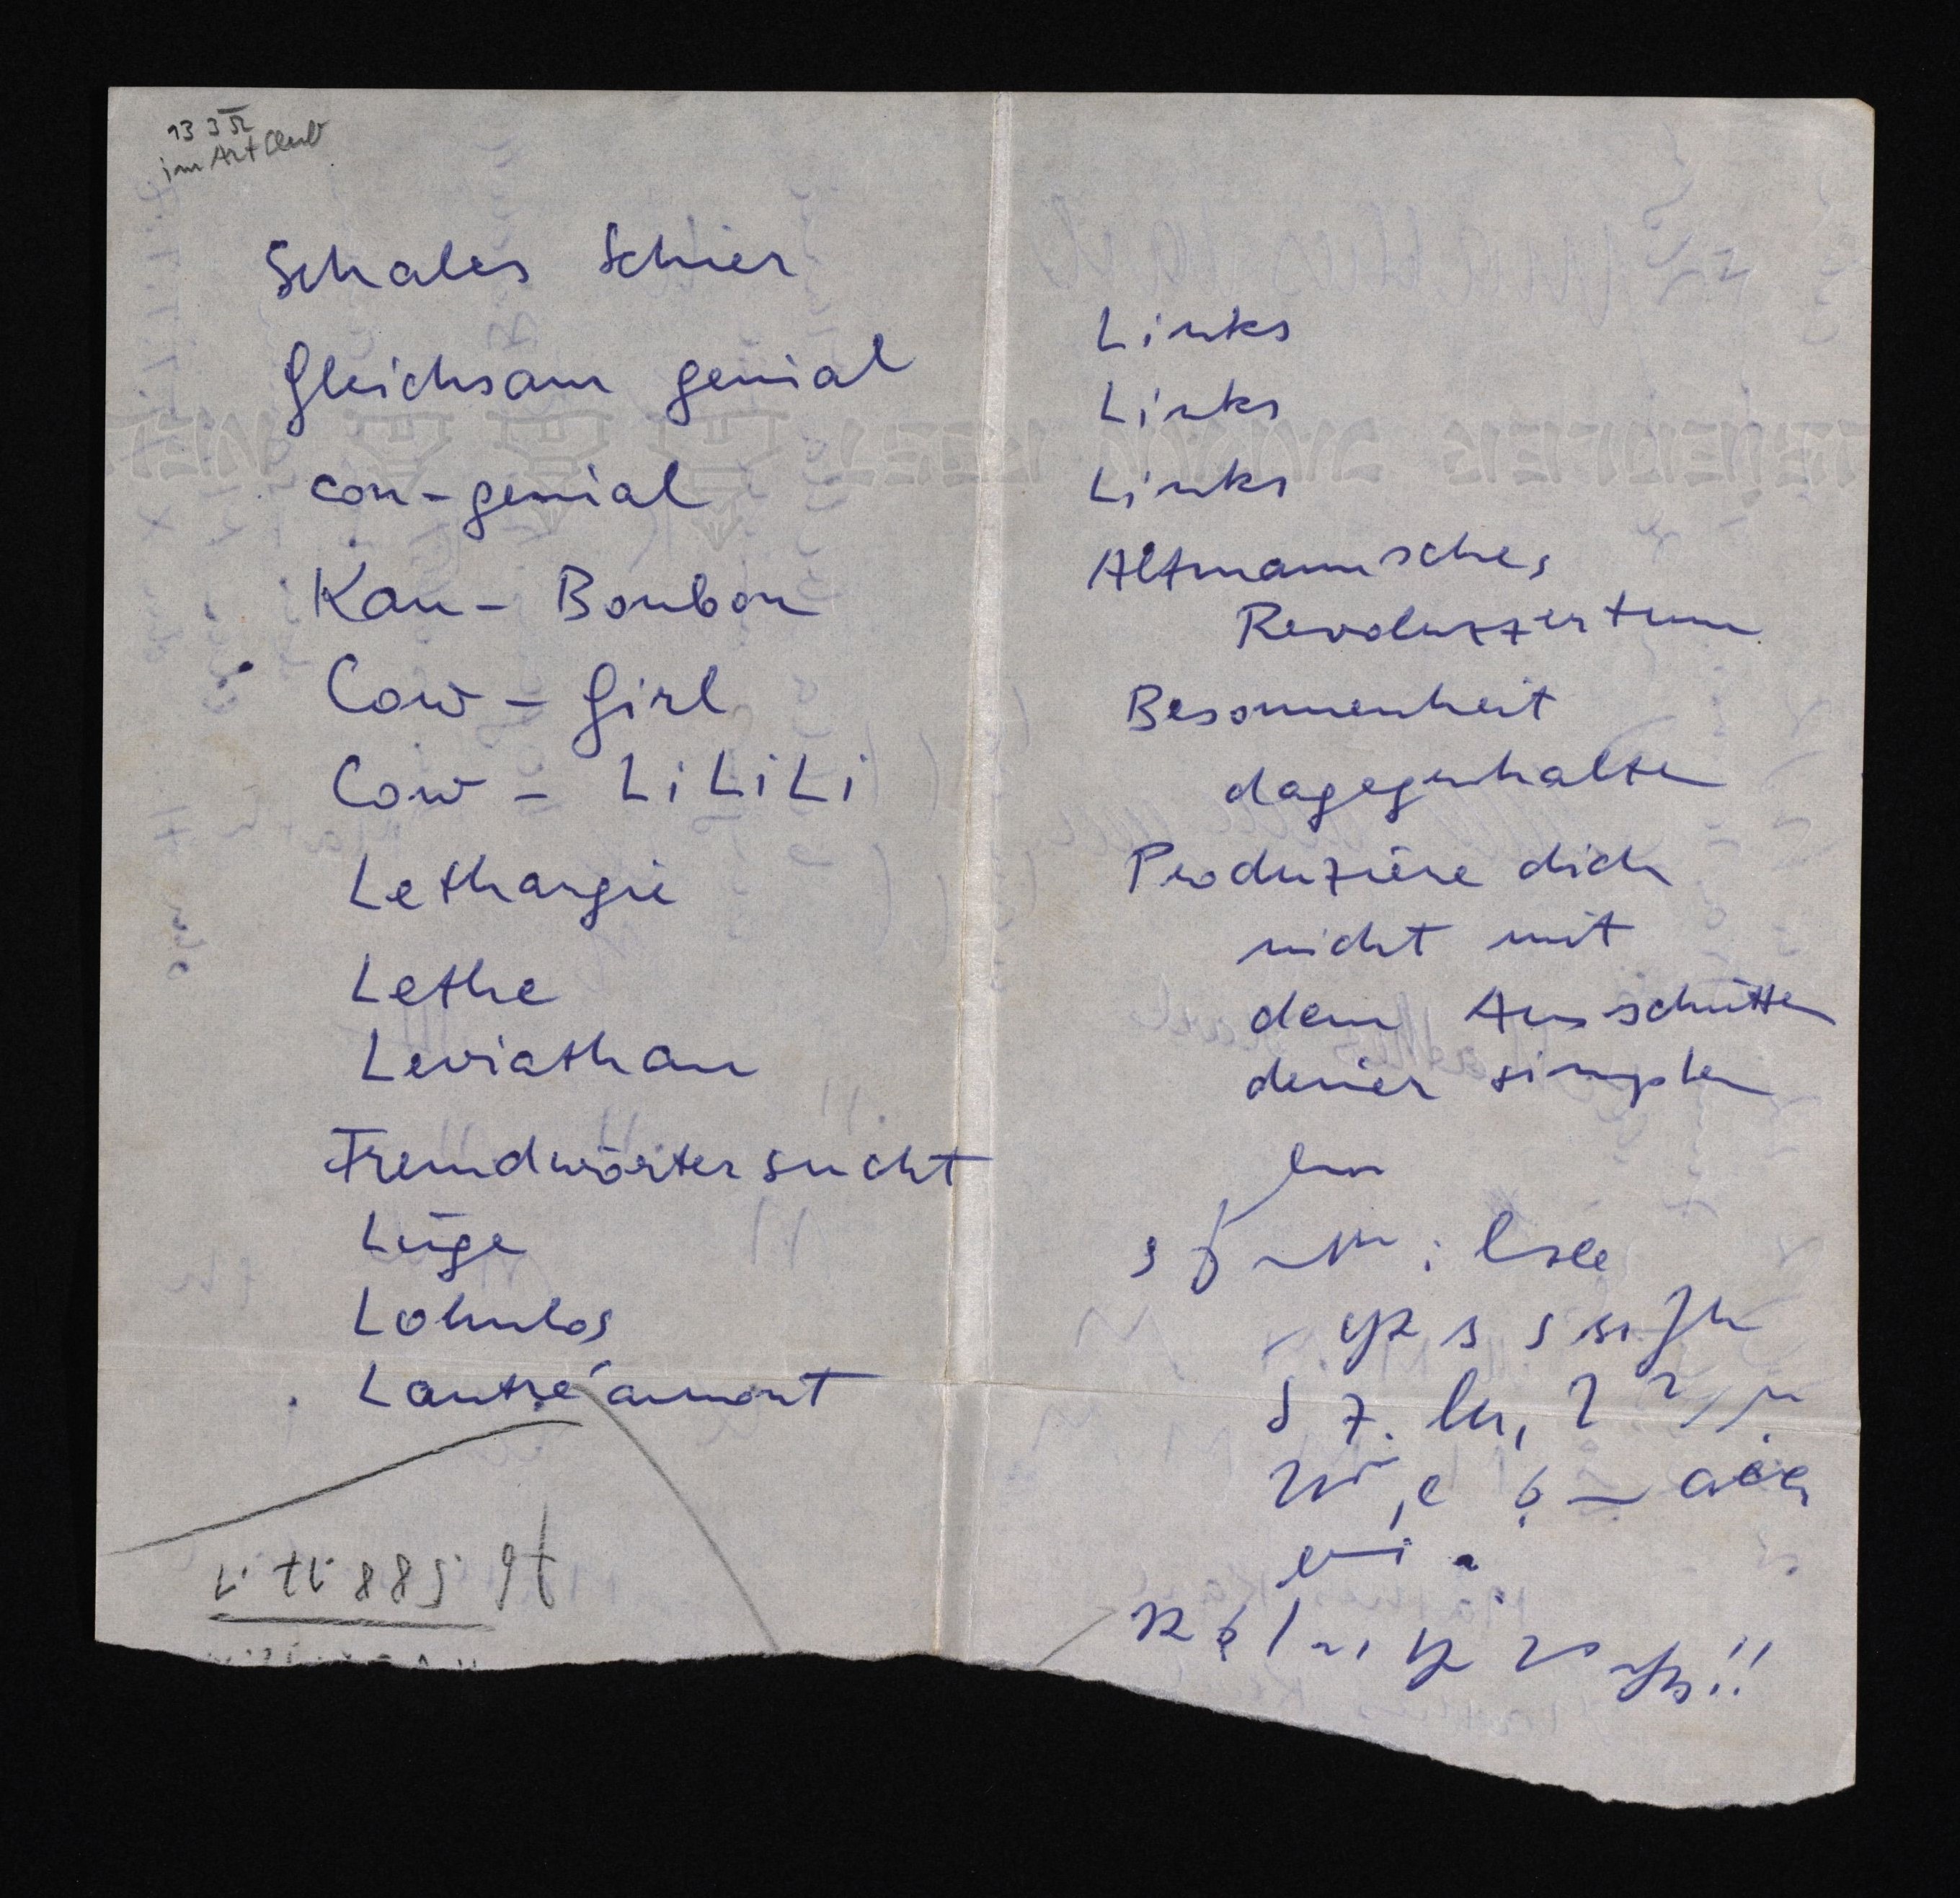
13 3 52
im Art Club
Schales Schier
Gleichsam genial
con-genial
Kau-Bonbon
Cow-Girl
Cow-LiLiLi
Lethargie
Lethe
Leviathan
Fremdwörtersucht
Lüge
Lohnlos
Lautréamont
76.588.17.1

Links
Links
Links
Altmannsches
Revoluzzertum
Besonnenheit
dagegenhalten
Produziere dich
nicht mit
dem Ausschnütten
deiner simplen
Von